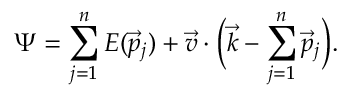
\Psi = \sum _ { j = 1 } ^ { n } { \cal E } ( \vec { p } _ { j } ) + \vec { v } \cdot \Big ( \vec { k } - \sum _ { j = 1 } ^ { n } \vec { p } _ { j } \Big ) .